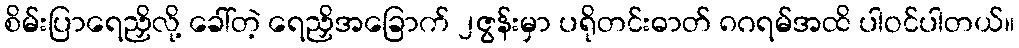
စိမ်းပြာရေညှိလို့ ခေါ်တဲ့ ရေညှိအခြောက် ၂ဇွန်းမှာ ပရိုတင်းဓာတ် ၈ဂရမ်အထိ ပါဝင်ပါတယ်။